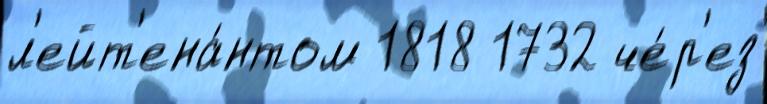
л'ейт'ена́нтом 1818 1732 че́р'ез